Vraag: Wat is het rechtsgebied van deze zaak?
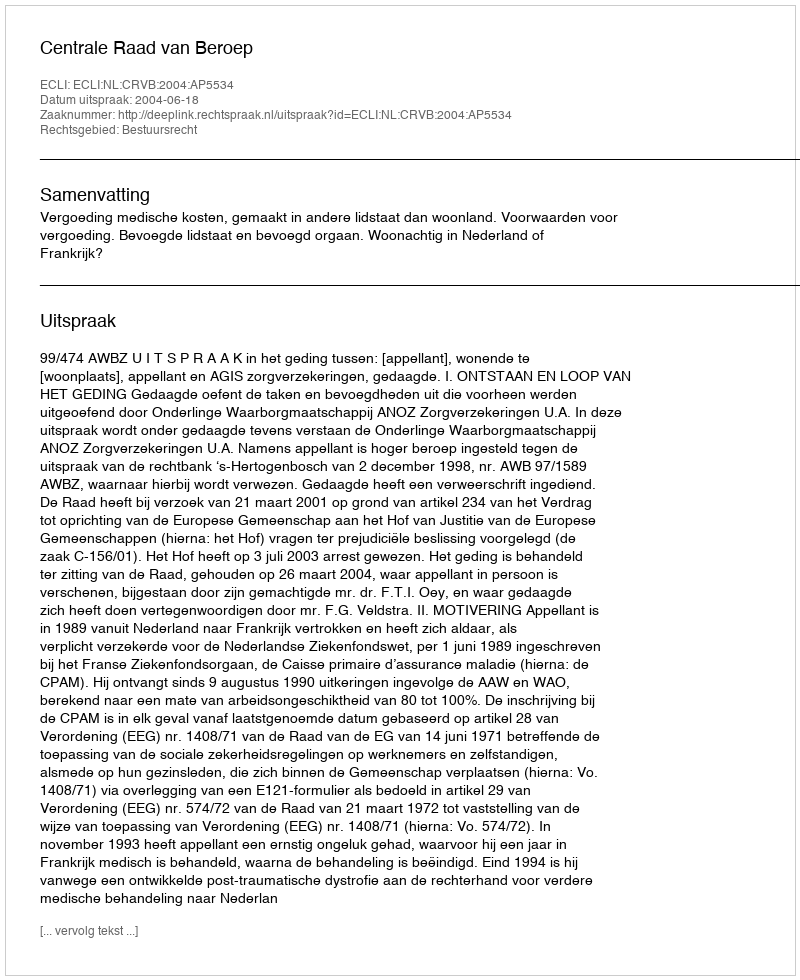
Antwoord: Bestuursrecht